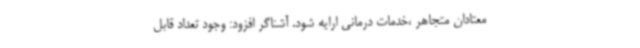
معتادان متجاهر ،خدمات درمانی ارایه شود. آشناگر افزود: وجود تعداد قابل